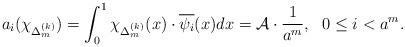
LaTeX: \begin{align*}a_i(\chi_{\Delta_m^{(k)}})=\int_0^1\chi_{\Delta_m^{(k)}}(x)\cdot{\overline{\psi_i}(x)}dx= \mathcal{A} \cdot {1\over a^m} ,\ \ 0\leq i<a^m .\end{align*}